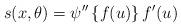
LaTeX: \begin{align*} s(x, \theta)= \psi''\left\{f(u)\right\}f'(u)\end{align*}